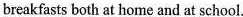
breakfasts both at home and at school.